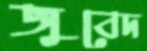
জুবেদ